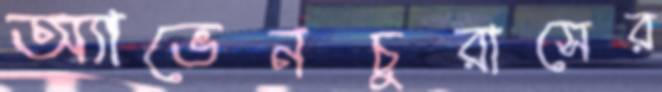
অ্যাভেনচুরাসের